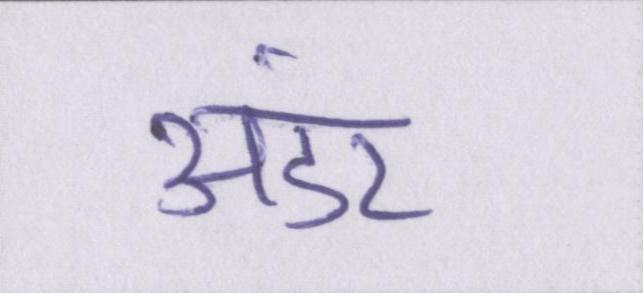
अंडर